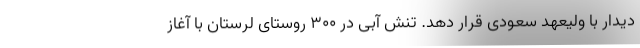
دیدار با ولیعهد سعودی قرار دهد. تنش آبی در ۳۰۰ روستای لرستان با آغاز